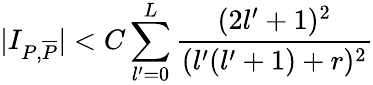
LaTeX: \vert I_{P,\overline{{{P}}}}\vert<C\sum_{l^{\prime}=0}^{L}{\frac{(2l^{\prime}+1)^{2}}{(l^{\prime}(l^{\prime}+1)+r)^{2}}}